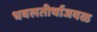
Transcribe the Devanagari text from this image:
धवलतीर्थाजवळ